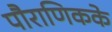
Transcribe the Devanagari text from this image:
पौराणिकके